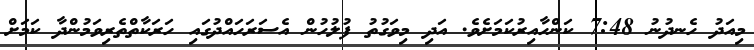
މިއަދު ހެނދުނު 7:48 ކަންހާއިރުކަމަށެވެ. އަދި މިވަގުތު ފުލުހުން އެސަރަހައްދުގައި ހަރަކާތްތެރިވަމުންދާ ކަމަށް